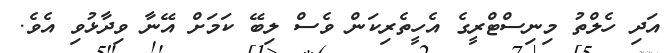
އަދި ހެލްތު މިނިސްޓްރީގެ އެހީތެރިކަން ވެސް ލިބޭ ކަމަށް އޭނާ ވިދާޅުވި އެވެ.